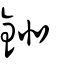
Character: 鉳